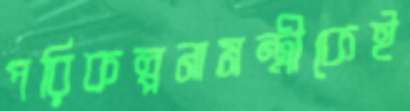
পরিকল্পনামন্ত্রীকেই